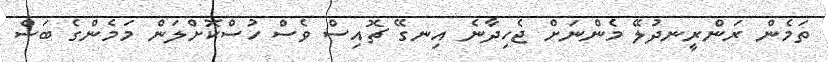
ތަމެން ރަންރީނދުލޭ މެންނަށް ޖެހިދާނެ އިނގޭ ޗޮއިސް ވެސް ހުސްކޮށްލަން މަމެންގެ ބަސް